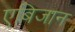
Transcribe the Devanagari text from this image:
एबिजान